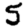
Digit: 5